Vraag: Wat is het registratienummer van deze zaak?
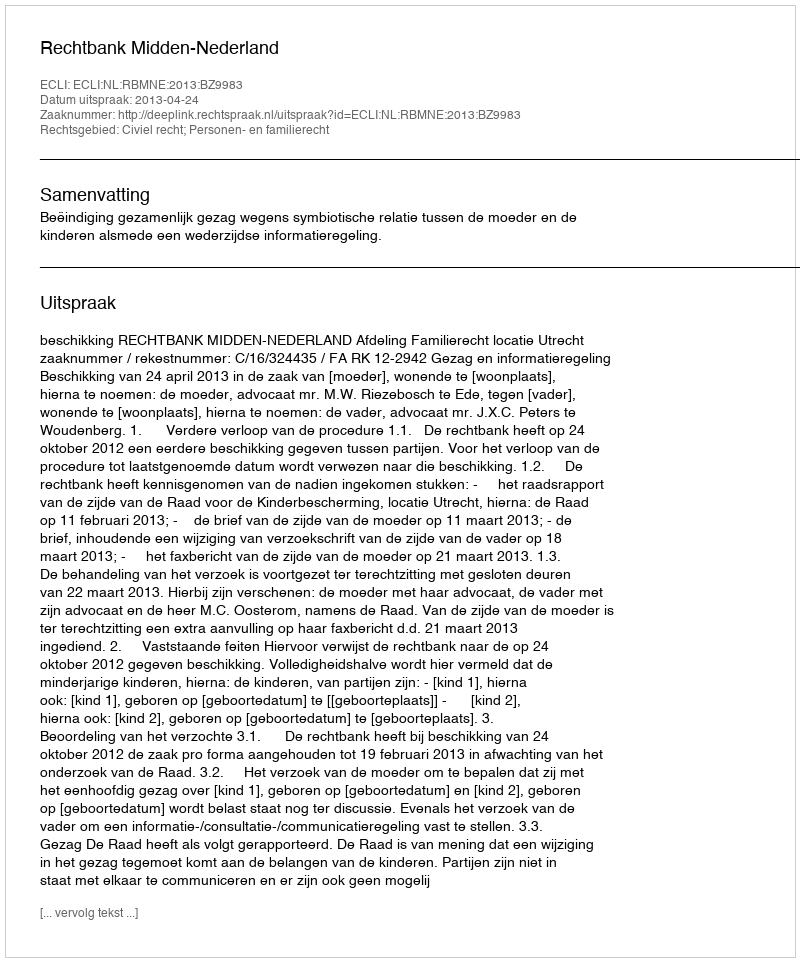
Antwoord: http://deeplink.rechtspraak.nl/uitspraak?id=ECLI:NL:RBMNE:2013:BZ9983